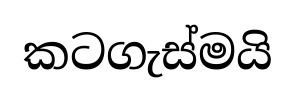
කටගැස්මයි